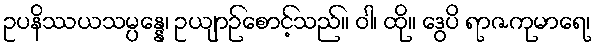
ဥပနိဿယသမ္ပန္နေ၊ ဥယျာဉ်စောင့်သည်။ ဝါ၊ ထို။ ဒွေပိ ရာဇကုမာရေ၊